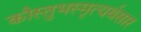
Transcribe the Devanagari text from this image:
कौस्तुभस्मृत्यर्थसार